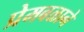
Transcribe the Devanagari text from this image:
प्रेमबळाने